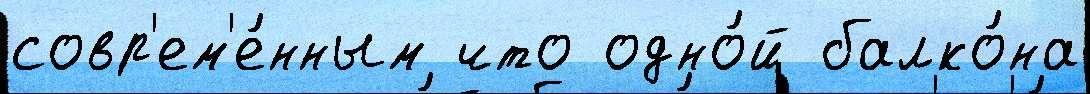
совр'ем'е́нным что одно́й балко́на